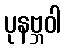
ပုနဗ္ဘဝါ